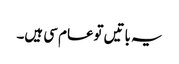
یہ باتیں توعام سی ہیں۔